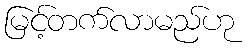
မြင့်တက်လာမည်ဟု